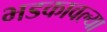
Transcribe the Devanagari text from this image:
भडकावल्या